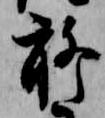
聊